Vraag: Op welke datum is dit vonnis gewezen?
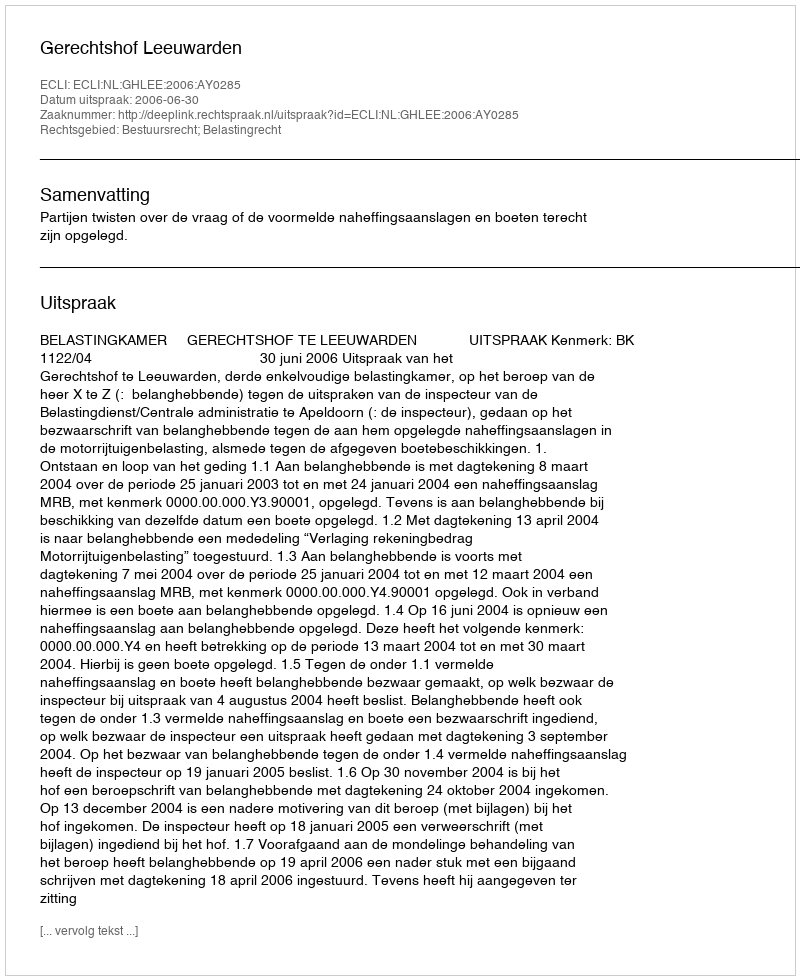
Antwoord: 2006-06-30